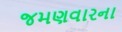
જમણવારના